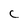
Character: C